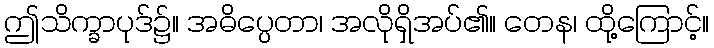
ဤသိက္ခာပုဒ်၌။ အဓိပ္ပေတာ၊ အလိုရှိအပ်၏။ တေန၊ ထို့ကြောင့်။